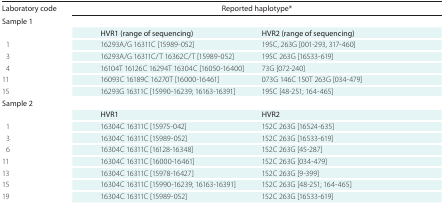
<table><thead><tr><td><b>Laboratory code</b></td><td colspan="2"><b>Reported haplotype*</b></td></tr></thead><tbody><tr><td colspan="3">Sample 1</td></tr><tr><td></td><td>HVR1 (range of sequencing)</td><td>HVR2 (range of sequencing)</td></tr><tr><td>1</td><td>16293A/G 16311C [15989-052]</td><td>195C, 263G [001-293, 317-460]</td></tr><tr><td>3</td><td>16293A/G 16311C/T 16362C/T [15989-052]</td><td>195C 263G [16533-619]</td></tr><tr><td>4</td><td>16104T 16126C 16294T 16304C [16050-16400]</td><td>73G [072-240]</td></tr><tr><td>11</td><td>16093C 16189C 16270T [16000-16461]</td><td>073G 146C 150T 263G [034-479]</td></tr><tr><td>15</td><td>16293G 16311C [15990-16239; 16163-16391]</td><td>195C [48-251; 164-465]</td></tr><tr><td colspan="3">Sample 2</td></tr><tr><td></td><td>HVR1</td><td>HVR2</td></tr><tr><td>1</td><td>16304C 16311C [15975-042]</td><td>152C 263G [16524-635]</td></tr><tr><td>3</td><td>16304C 16311C [15989-052]</td><td>152C 263G [16533-619]</td></tr><tr><td>6</td><td>16304C 16311C [16128-16348]</td><td>152C 263G [45-287]</td></tr><tr><td>11</td><td>16304C 16311C [16000-16461]</td><td>152C 263G [034-479]</td></tr><tr><td>13</td><td>16304C 16311C [15978-16427]</td><td>152C 263G [9-399]</td></tr><tr><td>15</td><td>16304C 16311C [15990-16239; 16163-16391]</td><td>152C 263G [48-251; 164-465]</td></tr><tr><td>19</td><td>16304C 16311C [15989-052]</td><td>152C 263G [16533-619]</td></tr></tbody></table>